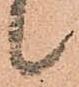
候